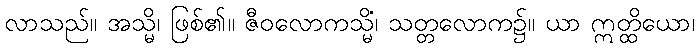
လာသည်။ အသ္မိ၊ ဖြစ်၏။ ဇီဝလောကသ္မိံ၊ သတ္တလောက၌။ ယာ ဣတ္ထိယော၊